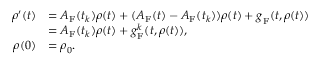
\begin{array} { r l } { \boldsymbol \rho ^ { \prime } ( t ) } & { = A _ { \mathrm { F } } ( t _ { k } ) \boldsymbol \rho ( t ) + ( A _ { \mathrm { F } } ( t ) - A _ { \mathrm { F } } ( t _ { k } ) ) \boldsymbol \rho ( t ) + \boldsymbol g _ { \mathrm { F } } ( t , \boldsymbol \rho ( t ) ) } \\ & { = A _ { \mathrm { F } } ( t _ { k } ) \boldsymbol \rho ( t ) + \boldsymbol g _ { \mathrm { F } } ^ { k } ( t , \boldsymbol \rho ( t ) ) , } \\ { \boldsymbol \rho ( 0 ) } & { = \boldsymbol \rho _ { 0 } . } \end{array}